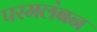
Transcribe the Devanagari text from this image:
परमलंबन